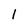
Character: 1